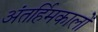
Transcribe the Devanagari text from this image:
अंतर्हिमकालों